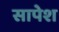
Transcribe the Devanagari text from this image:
सापेश